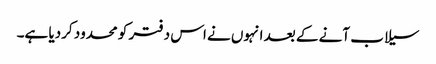
سیلاب آنے کے بعد انہوں نے اس دفتر کو محدود کردیا ہے۔